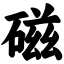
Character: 磁